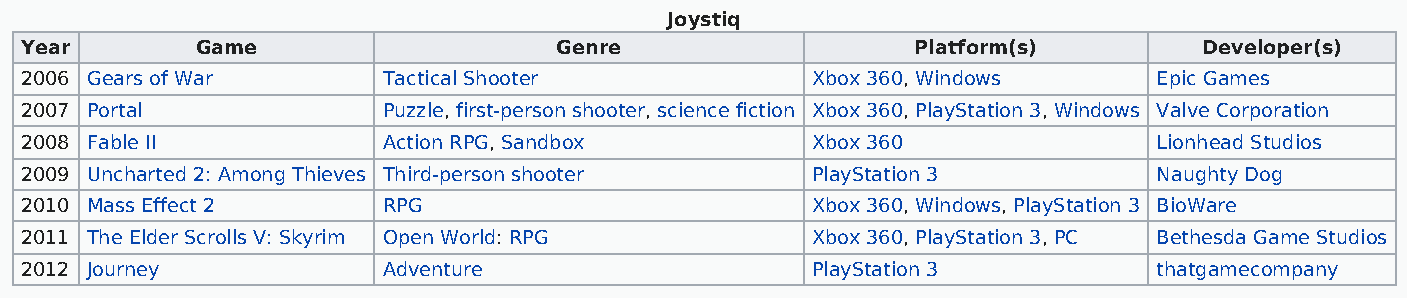
Joystiq
 Year        Game                    Genre                   Platform(s)        Developer(s)
 2006 Gears of War       Tactical Shooter             Xbox 360, Windows      Epic Games
 2007 Portal             Puzzle, first-person shooter, science fiction Xbox 360, PlayStation 3, Windows Valve Corporation
 2008 Fable II           Action RPG, Sandbox          Xbox 360               Lionhead Studios
 2009 Uncharted 2: Among Thieves Third-person shooter PlayStation 3          Naughty Dog
 2010 Mass Effect 2      RPG                          Xbox 360, Windows, PlayStation 3 BioWare
 2011 The Elder Scrolls V: Skyrim Open World: RPG     Xbox 360, PlayStation 3, PC Bethesda Game Studios
 2012 Journey            Adventure                    PlayStation 3          thatgamecompany